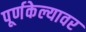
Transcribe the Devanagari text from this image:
पूर्णकेल्यावर